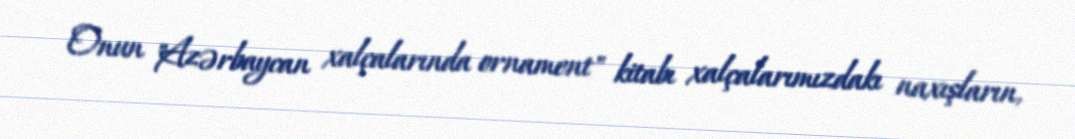
Onun "Azərbaycan xalçalarında ornament" kitabı xalçalarımızdakı naxışların,